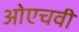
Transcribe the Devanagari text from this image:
ओएचवी